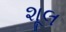
શૂલ